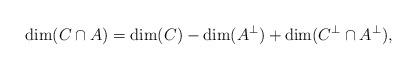
LaTeX: \begin{align*} \dim(C \cap A) = \dim(C)- \dim(A^\perp)+\dim(C^\perp \cap A^\perp),\end{align*}